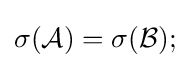
\sigma ({\mathcal {A}})=\sigma ({\mathcal {B}});